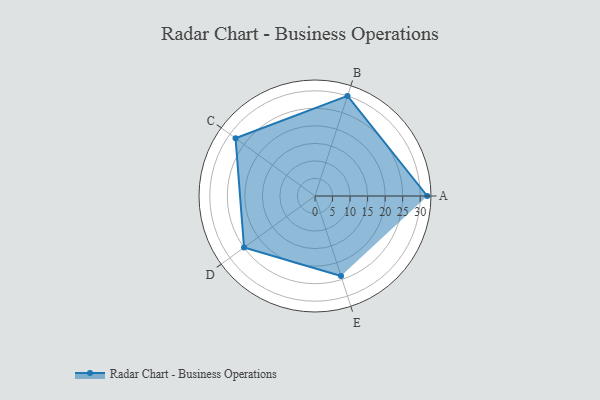
{"axis": {"x": "Skill", "y": "Score"}, "legend": ["Profile"], "data": [{"x": "A", "y": 32.0, "type": "Profile"}, {"x": "B", "y": 30.0, "type": "Profile"}, {"x": "C", "y": 28.0, "type": "Profile"}, {"x": "D", "y": 25.0, "type": "Profile"}, {"x": "E", "y": 24.0, "type": "Profile"}]}